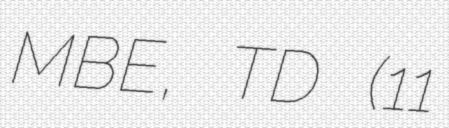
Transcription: MBE, TD (11